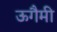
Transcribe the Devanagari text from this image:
ऊगैमी